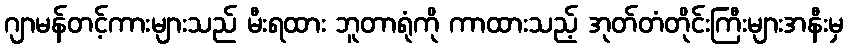
ဂျာမန်တင့်ကားများသည် မီးရထား ဘူတာရုံကို ကာထားသည့် အုတ်တံတိုင်းကြီးများအနီးမှ